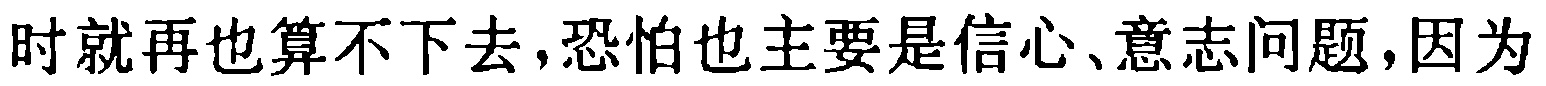
时就再也算不下去,恐怕也主要是信心、意志问题,因为